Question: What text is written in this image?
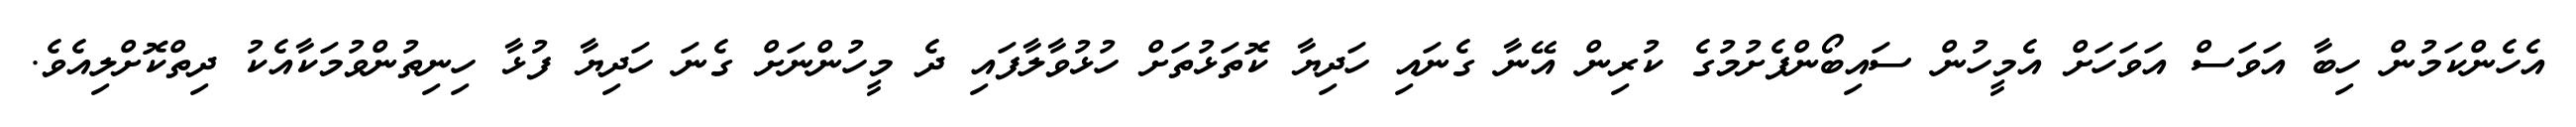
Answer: އެހެންކަމުން ހިބާ އަވަސް އަވަހަށް އެމީހުން ސައިބޯންފެށުމުގެ ކުރިން އޭނާ ގެނައި ހަދިޔާ ކޮތަޅުތަށް ހުޅުވާލާފައި ދެ މީހުންނަށް ގެނަ ހަދިޔާ ފުޅާ ހިނިތުންވުމަކާއެކު ދިތްކޮށްލިއެވެ.